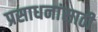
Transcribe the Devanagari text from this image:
प्रसाधनांसाठी